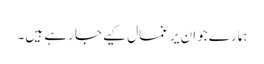
ہمارے جوان یرغمال کیے جارہے ہیں۔